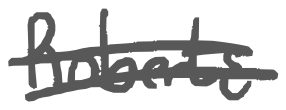
Text: Roberts
Cross-out: double-line
Writing tool: digital_gray